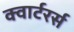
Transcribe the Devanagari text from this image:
क्वार्टरर्स